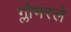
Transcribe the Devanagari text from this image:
ग्लोभरले